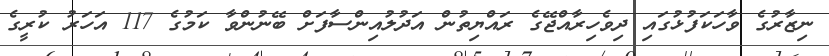
ނިޒާރުގެ ވާހަކަފުޅުގައި ދިވެހިރާއްޖޭގެ ރައްޔިތުން އަދުލުއިންސާފަށް ބޭނުންވާ ކަމުގެ 117 އަހަރު ކުރީގެ